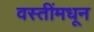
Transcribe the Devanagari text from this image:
वस्तींमधून